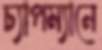
চ্যাপম্যানে